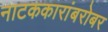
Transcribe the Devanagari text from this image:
नाटककारांबरोबर